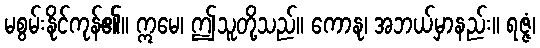
မစွမ်းနိုင်ကုန်၏။ ဣမေ၊ ဤသူတို့သည်။ ကောနု၊ အဘယ်မှာနည်း။ ရဇ္ဇံ၊